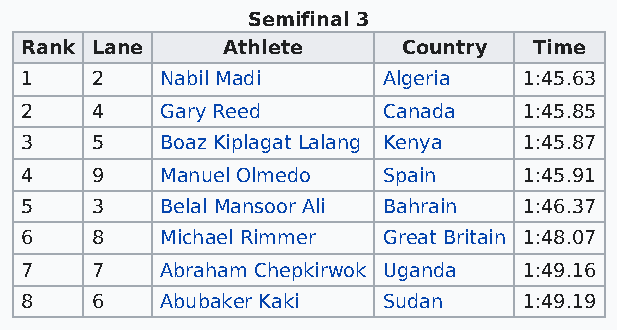
Semifinal 3
 Rank Lane     Athlete     Country Time
 1    2    Nabil Madi    Algeria   1:45.63
 2    4    Gary Reed     Canada    1:45.85
 3    5    Boaz Kiplagat Lalang Kenya 1:45.87
 4    9    Manuel Olmedo Spain     1:45.91
 5    3    Belal Mansoor Ali Bahrain 1:46.37
 6    8    Michael Rimmer Great Britain 1:48.07
 7    7    Abraham Chepkirwok Uganda 1:49.16
 8    6    Abubaker Kaki Sudan     1:49.19